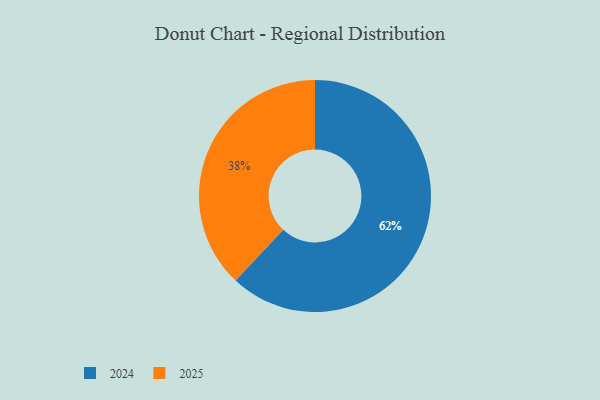
{"axis": {"x": "Category", "y": "Percentage"}, "legend": ["2024", "2025"], "data": [{"x": "2025", "y": 38, "type": "2025"}, {"x": "2024", "y": 62, "type": "2024"}]}